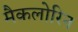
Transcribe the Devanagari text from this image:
मैकलोरिन